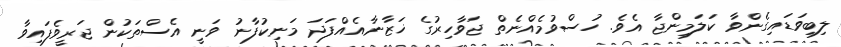
ލިބިވަޑައިގެންވާ ކަލަމިންޖާ އެވެ. ހުސްވުމެއްނެތް ޖަވާހިރުގެ ޚަޒާނާއެއްފަދަ މަނިކުފާނު ވަނީ އެސްތަކުން ޖަރީވެފައިވާ